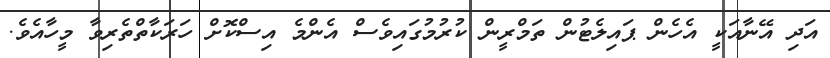
އަދި އޭނާއަކީ އެހެން ޕައިލެޓުން ތަމްރީން ކުރުމުގައިވެސް އެންމެ އިސްކޮށް ހަރަކާތްތެރިވާ މީހާއެވެ.